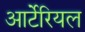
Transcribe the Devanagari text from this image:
आर्टेरियल